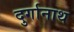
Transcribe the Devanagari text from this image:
दुर्गानाथ